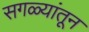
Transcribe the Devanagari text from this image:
सगळ्यांतून